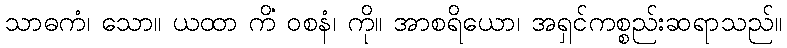
သာဓကံ၊ သော။ ယထာ ကိံ ဝစနံ၊ ကို။ အာစရိယော၊ အရှင်ကစ္စည်းဆရာသည်။